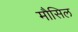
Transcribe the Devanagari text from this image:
मौसिल